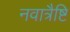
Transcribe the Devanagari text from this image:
नवात्रैष्टि